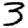
Digit: 3